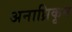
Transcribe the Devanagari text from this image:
अनाध्रिकृत